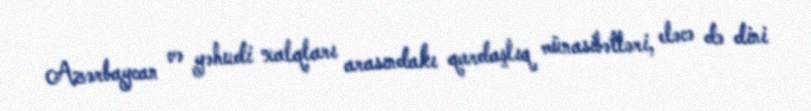
Azərbaycan və yəhudi xalqları arasındakı qardaşlıq münasibətləri, eləcə də dini